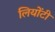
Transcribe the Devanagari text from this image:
लियोंटी